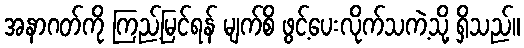
အနာဂတ်ကို ကြည့်မြင်ရန် မျက်စိ ဖွင့်ပေးလိုက်သကဲ့သို့ ရှိသည်။